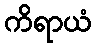
ကိရာယံ